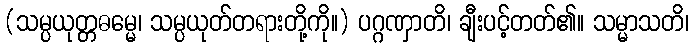
(သမ္ပယုတ္တဓမ္မေ၊ သမ္ပယုတ်တရားတို့ကို။) ပဂ္ဂဏှာတိ၊ ချီးပင့်တတ်၏။ သမ္မာသတိ၊